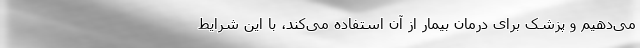
می‌دهیم و پزشک برای درمان بیمار از آن استفاده می‌کند، با این شرایط